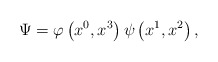
\begin{align*}\Psi =\varphi \left( x^{0},x^{3}\right) \psi \left( x^{1},x^{2}\right) ,\end{align*}